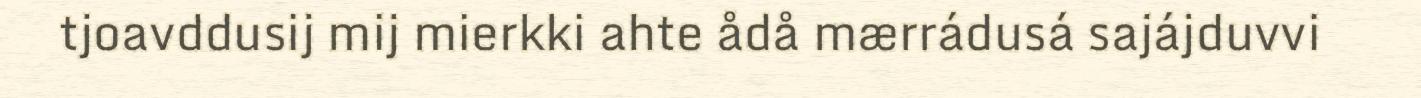
tjoavddusij mij mierkki ahte ådå mærrádusá sajájduvvi